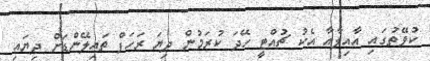
ކުވޭތުގައި އާއިލާއާ އެކު ޗުއްޓީ ހޭދަ ކުރަމުން ދިޔަ ރަހަފް ތައިލޭންޑަށް ދިޔައި